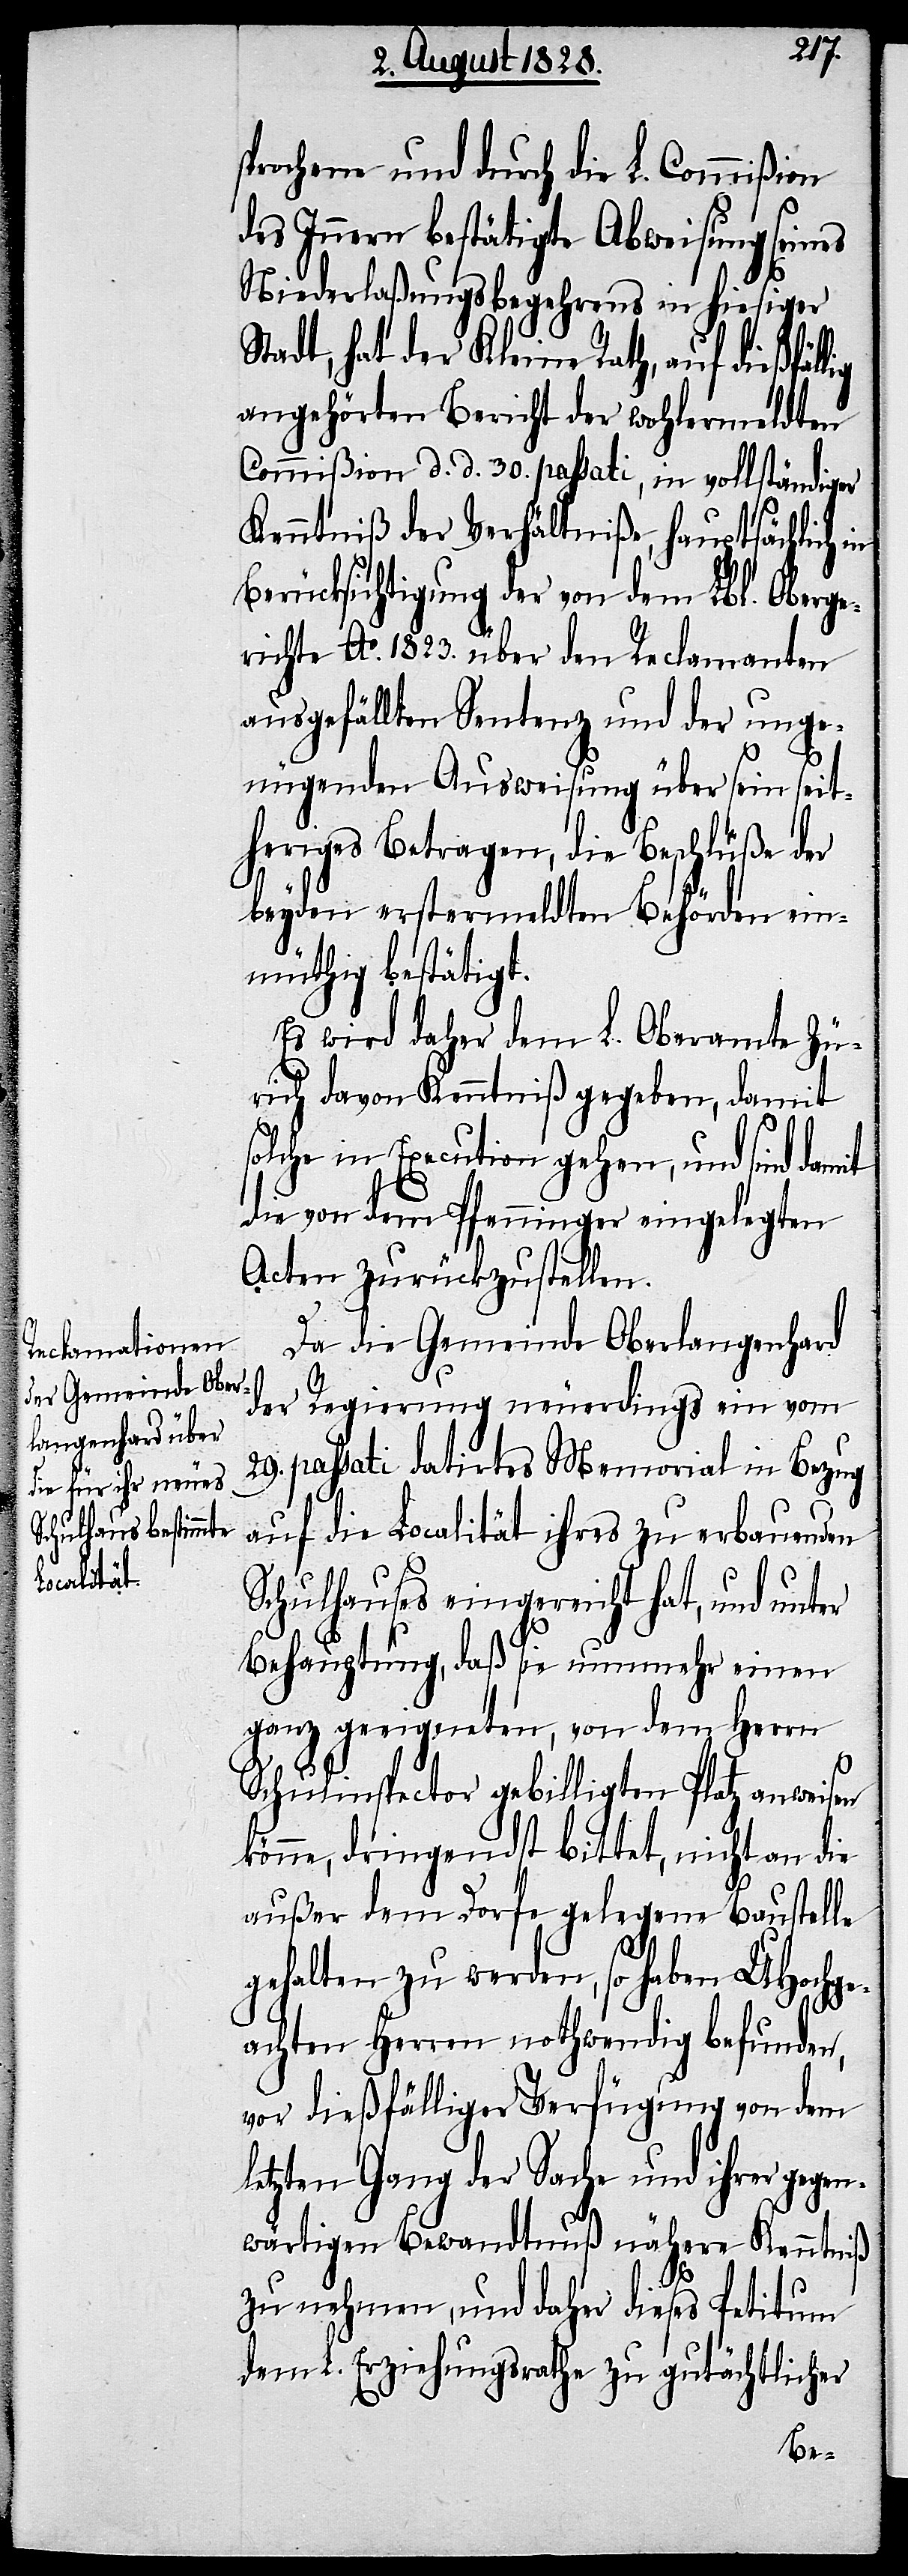
sprochene und durch die L. Commißion
des Innern bestätigte Abweisung seines
Niederlaßungsbegehrens in hiesiger
Stadt, hat der Kleine Rath, auf dießfällig
angehörten Bericht der wohlermeldten
Commißion d. d. 30. passati, in vollständiger
Kenntniß der Verhältniße, hauptsächlich in
Berücksichtigung der von dem Lbl. Oberge¬
richte Ao. 1823. über den Reclamanten
ausgefällten Sentenz und der unge¬
nügenden Ausweisung über sein seit¬
heriges Betragen, die Beschlüße der
beyden erstermeldten Behörden ein¬
müthig bestätigt.
Es wird daher dem L. Oberamte Zü¬
rich davon Kenntniß gegeben, damit
solche in Execution gehen, und sind
die von dem Pfenninger eingelegten
Acten zurückzustellen.
Da die Gemeinde Oberlangenhard
Regierung neuerdings ein vom
der
29. passati datirtes Memorial in Bezug
auf die Localität ihres zu erbauenden
Schulhauses eingereicht hat, und unter
Behauptung, daß sie nunmehr einen
ganz geeigneten, von dem Herrn
Schulinspector gebilligten Platz anweisen
könne, dringendst bittet, nicht an die
außer dem Dorfe gelegene Baustelle
gehalten zu werden, so haben UHochge¬
achten Herren nothwendig befunden,
vor dießfälliger Verfügung von dem
letzten Gang der Sache und ihrer gegen¬
wärtigen Bewandtnuß nähere Kenntniß
zu nehmen, und daher dieses Petitum
dem L. Erziehungsrathe zu gutächtlicher